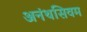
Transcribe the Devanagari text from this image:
अनंथसिवम